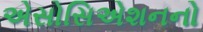
એસોસિએશનનો